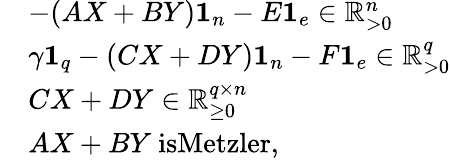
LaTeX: \begin{array}{rl}&{-(AX+BY)\mathbf{1}_{n}-E\mathbf{1}_{e}\in\mathbb{R}_{>0}^{n}}\\ &{\gamma\mathbf{1}_{q}-(CX+DY)\mathbf{1}_{n}-F\mathbf{1}_{e}\in\mathbb{R}_{>0}^{q}}\\ &{CX+DY\in\mathbb{R}_{\geq 0}^{q\times n}}\\ &{AX+BY\ \textrm{isMetzler},}\end{array}